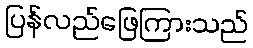
ပြန်လည်ဖြေကြားသည်